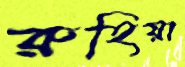
রুহিয়া